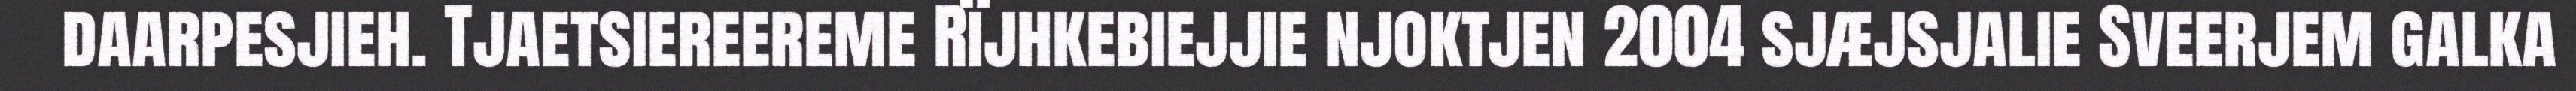
daarpesjieh. Tjaetsiereereme Rïjhkebiejjie njoktjen 2004 sjæjsjalie Sveerjem galka